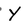
Character: Y